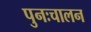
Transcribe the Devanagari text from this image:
पुनःचालन